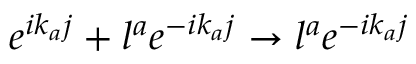
e ^ { i k _ { a } j } + l ^ { a } e ^ { - i k _ { a } j } \rightarrow l ^ { a } e ^ { - i k _ { a } j }